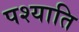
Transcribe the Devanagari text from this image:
पश्याति